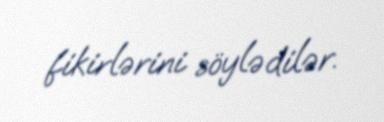
fikirlərini söylədilər.